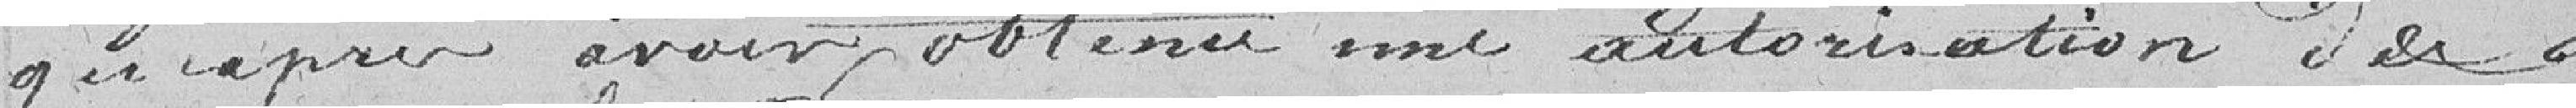
qu'après avoir obtenu une autorisation de